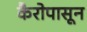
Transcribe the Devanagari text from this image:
कैरोपासून